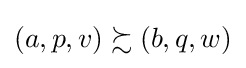
\left(a,p,v\right)\succsim \left(b,q,w\right)